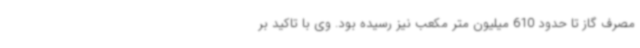
مصرف گاز تا حدود 610 میلیون متر مکعب نیز رسیده بود. وی با تاکید بر